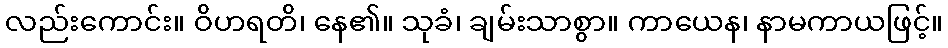
လည်းကောင်း။ ဝိဟရတိ၊ နေ၏။ သုခံ၊ ချမ်းသာစွာ။ ကာယေန၊ နာမကာယဖြင့်။